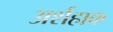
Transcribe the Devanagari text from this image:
अर्शहाक